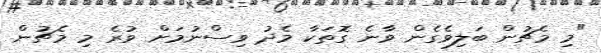
"މި މެޗުން ބަލިވެގެން ވާނެ ގޮތަކާ މެދު ވިސްނުމަށް ވުރެ މި މެޗުން